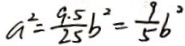
a ^ { 2 } = \frac { 9 . 5 } { 2 5 } b ^ { 2 } = \frac { 9 } { 5 } b ^ { 2 }